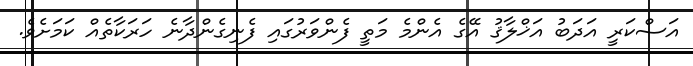
އަސްކަރީ އަދަބު އަޚްލާޤު އޭގެ އެންމެ މަތީ ފެންވަރުގައި ފެނިގެންދާނެ ހަރަކާތެއް ކަމަށެވެ.